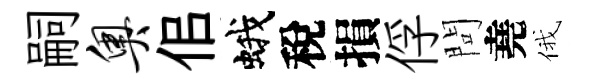
嗣奥佀蛾稅損俘問堯俄